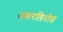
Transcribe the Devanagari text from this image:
अक्षरलिपीत